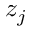
z _ { j }